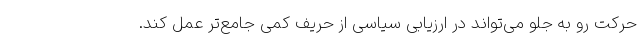
حرکت رو به جلو می‌تواند در ارزیابی سیاسی از حریف کمی جامع‌تر عمل کند.